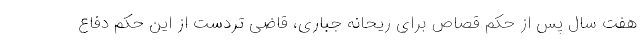
هفت سال پس از حکم قصاص برای ریحانه جباری، قاضی تردست از این حکم دفاع